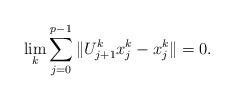
LaTeX: \begin{align*}\lim_{k}\sum_{j=0}^{p-1}\Vert U_{j+1}^{k}x_{j}^{k}-x_{j}^{k}\Vert =0.\end{align*}